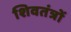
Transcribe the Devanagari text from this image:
शिवतंत्रों